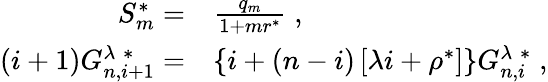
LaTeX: \begin{array}{rl}{S_{m}^{*}=}&{{}\frac{q_{m}}{1+mr^{*}}\; ,}\\ {(i+1)G_{n,i+1}^{\lambda\; *}=}&{{}\lbrace i+(n-i)\left[\lambda i+\rho^{*}\right]\rbrace G_{n,i}^{\lambda\; *}\; ,}\end{array}